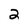
Character: 2